Report on vaccination in the Province of Bengal - 1869-1873
Year: 1869
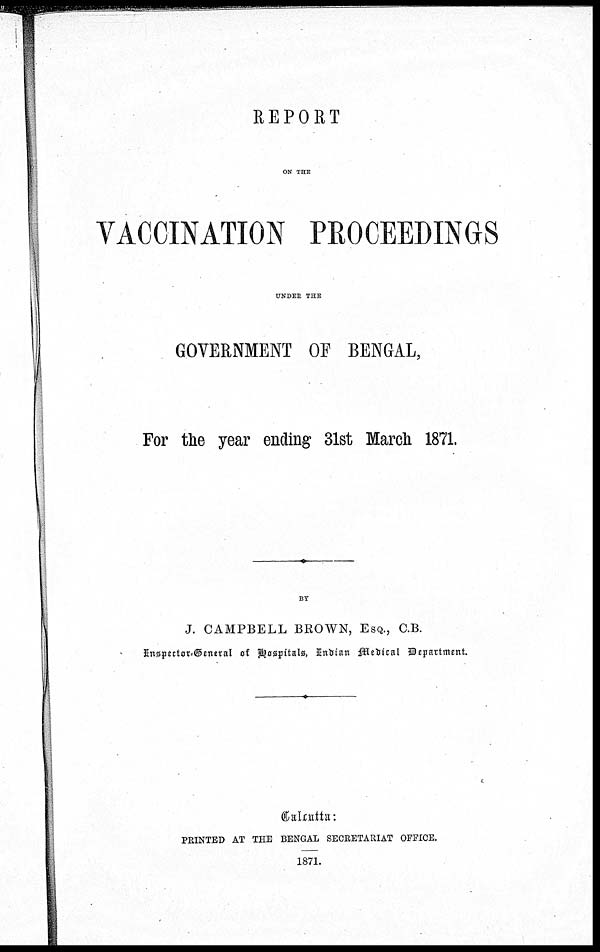
REPORT
ON THE
VACCINATION PROCEEDINGS
UNDER THE
GOVERNMENT OF BENGAL,
For the year ending 31st March 1871.
BY
J. CAMPBELL BROWN, ESQ., C.B.
Inspector General of Hospitals, Indian Medical Department.
PRINTED AT THE BENGAL SECRETARIAT OFFICE.
1871.